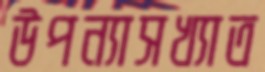
উপন্যাসখ্যাত